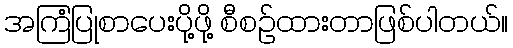
အကြံပြုစာပေးပို့ဖို့ စီစဉ်ထားတာဖြစ်ပါတယ်။